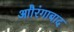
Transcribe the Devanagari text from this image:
आौरंगाबाद